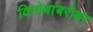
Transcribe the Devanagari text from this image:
विनोबांबरोबर